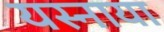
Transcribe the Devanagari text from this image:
यस्नाया